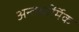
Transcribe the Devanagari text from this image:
अन्तर्धार्मिक